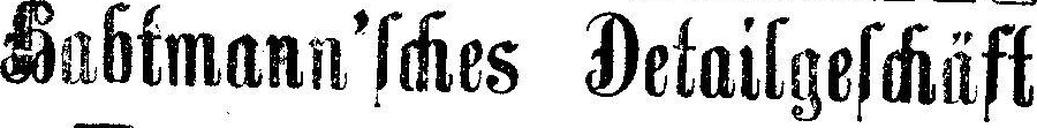
Habtmann'sches Detailgeschäft